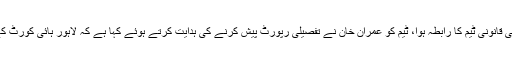
ادھر لاہور ہائیکورٹ کے فیصلے پر حکومتی مشاورت جاری ہے، وزیر اعظم عمران خان سے حکومتی قانونی ٹیم کا رابطہ ہوا، ٹیم کو عمران خان نے تفصیلی رپورٹ پیش کرنے کی ہدایت کرتے ہوئے کہا ہے کہ لاہور ہائی کورٹ کے تفصیلی فیصلے کا جائزہ لیا جائے اور ایک مفصل رپورٹ کل کابینہ کے اجلاس میں پیش کی جائے۔